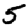
Digit: 5